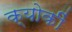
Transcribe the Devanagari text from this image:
क्योकीं